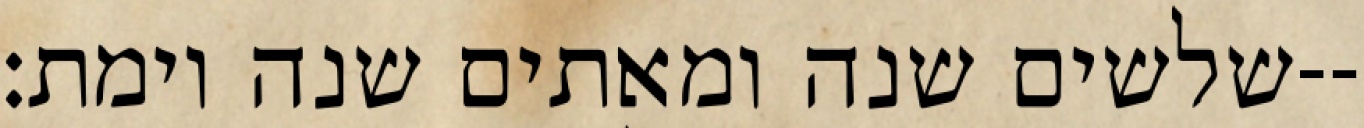
שלשים שנה ומאתים שנה וימת׃--